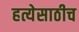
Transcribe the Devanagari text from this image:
हत्येसाठीच